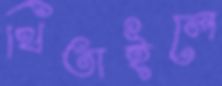
থিতাইলে